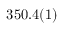
3 5 0 . 4 ( 1 )